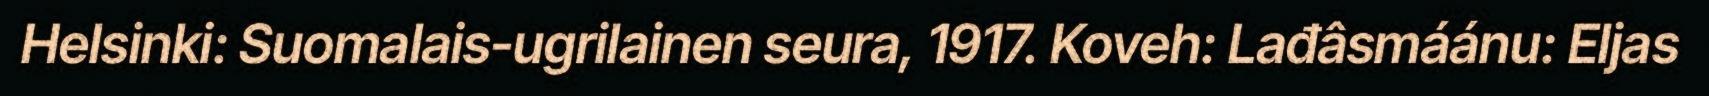
Helsinki: Suomalais-ugrilainen seura, 1917. Koveh: Lađâsmáánu: Eljas